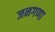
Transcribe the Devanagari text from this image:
जनगणा